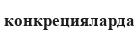
конкрецияларда